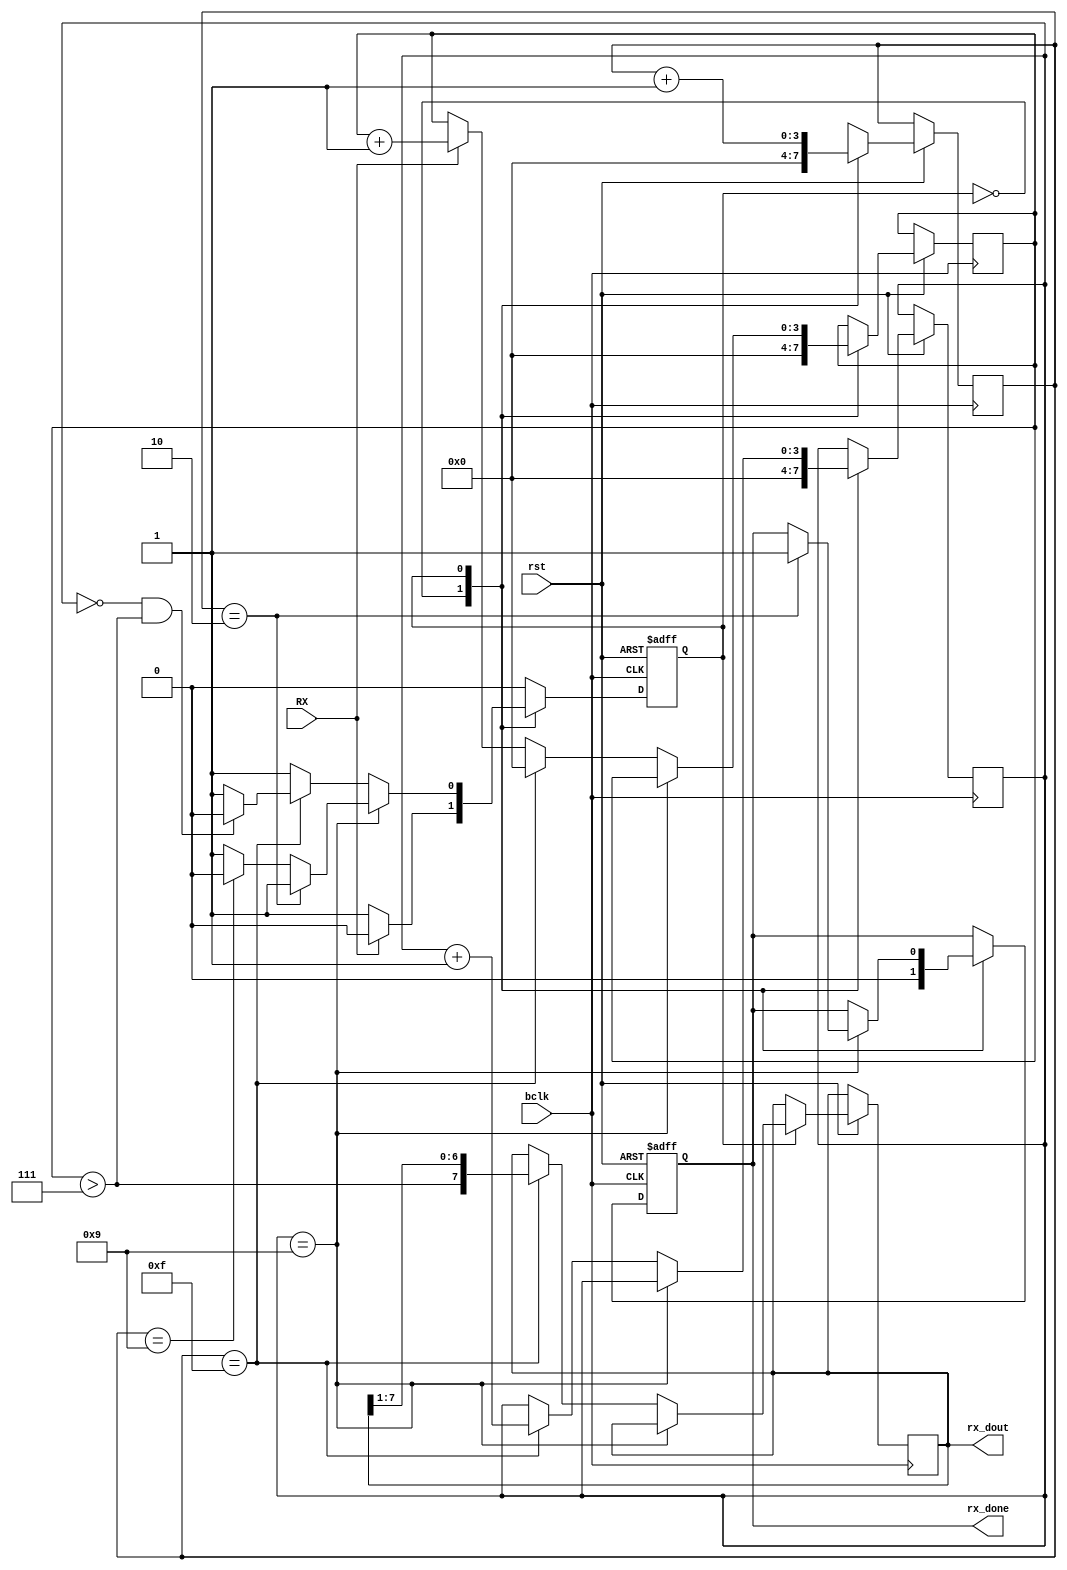
/** charset = ascii **/
module uart_rx(bclk,rst,RX,rx_done,rx_dout);
	input bclk,rst,RX;
	output rx_done;
	output[7:0] rx_dout;
	reg rx_done = 0;
	reg[7:0] rx_dout;
	/** internal registers **/
	reg[3:0] dcnt;
	reg[3:0] cnt;	
	reg[3:0] jcnt;  
	wire rec_bit;   
	reg state = 1'b0;
	assign rec_bit = jcnt > 4'b0111;
	always@(posedge bclk or negedge rst)
		if(~rst) begin
			state <= 1'b0;
			rx_done <= 0;
		end
		else 
			case(state)
				1'b0: begin
					rx_done <= 0;
					dcnt <= 0;
					cnt <= 0;
					jcnt <= 0;
					if(~RX) 
						state <= 1'b1;
				end
				1'b1: begin
					cnt <= cnt+1;
					if(dcnt == 4'b1001)	begin		
						if(cnt == 4'b0010)
							rx_done <= 1;
						else if(cnt == 4'b1001)
							state <= 1'b0;
					end
					else if(cnt == 4'b1111) begin
						dcnt <= dcnt+1;
						if(dcnt == 4'd0 && rec_bit)	
							state <= 1'b0;
						rx_dout <= {rec_bit,rx_dout[7:1]};
						jcnt <= 0;
					end
					else if(RX)
						jcnt <= jcnt+1;
				end
			endcase
endmodule